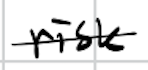
Text: risk
Cross-out: single-line
Writing tool: digital_black